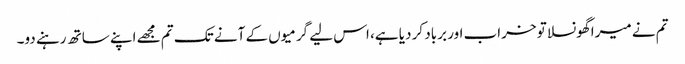
تم نے میرا گھونسلا تو خراب اور برباد کر دیا ہے، اس لیے گرمیوں کے آنے تک تم مجھے اپنے ساتھ رہنے دو۔